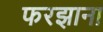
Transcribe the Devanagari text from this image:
फरझाना